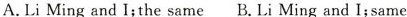
A. Li Ming and I; the same B. Li Ming and I; same